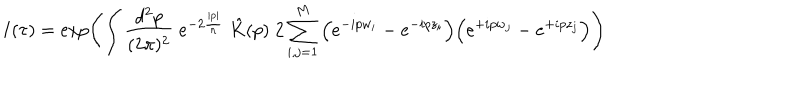
LaTeX: I ( \tau ) = \exp \left( \int \frac { d ^ { 2 } p } { ( 2 \pi ) ^ { 2 } } \; e ^ { - 2 \frac { | p | } { n } } \; \hat { K } ( p ) \; 2 \sum _ { i , j = 1 } ^ { M } \Big ( e ^ { - i p w _ { i } } - e ^ { - i p z _ { i } } \Big ) \Big ( e ^ { + i p w _ { j } } - e ^ { + i p z _ { j } } \Big ) \right)